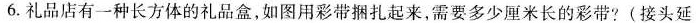
6.礼品店有一种长方体的礼品盒，如图用彩带捆扎起来，需要多少厘米长的彩带?(接头延